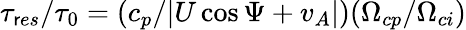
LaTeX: \tau_{\mathsf{r}es}/\tau_{0}=(c_{p}/|U\cos\Psi+v_{A}|)(\Omega_{cp}/\Omega_{ci})